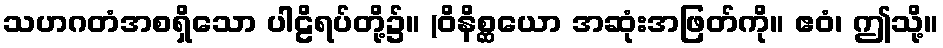
သဟဂတံအစရှိသော ပါဠိရပ်တို့၌။ (ဝိနိစ္ဆယော အဆုံးအဖြတ်ကို။ ဧဝံ၊ ဤသို့။